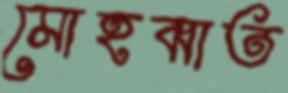
মোহব্বাত